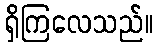
ရှိကြလေသည်။